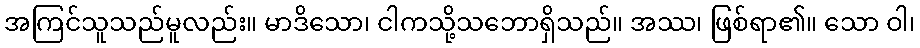
အကြင်သူသည်မူလည်း။ မာဒိသော၊ ငါကသို့သဘောရှိသည်။ အဿ၊ ဖြစ်ရာ၏။ သော ဝါ၊